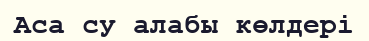
Аса су алабы көлдері